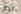
نيكي